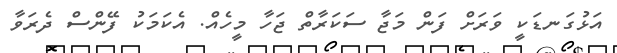
އަޅުގަނޑަކީ ވަރަށް ފަން މަޖާ ސަކަރާތް ޖަހާ މީހެއް. އެކަމަކު ފޭންސް ދެރަވާ